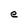
Character: e